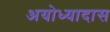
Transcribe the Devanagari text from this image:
अयोध्यादास